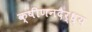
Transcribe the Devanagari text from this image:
क्षीणनदैर्ध्य